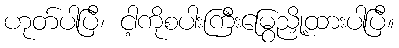
ဟုတ်ပါပြီ၊ ငါ့ကိုစပါးကြီးမြွေညှို့ထားပါပြီ။